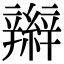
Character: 辮